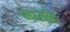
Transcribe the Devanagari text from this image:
अर्ध्यात